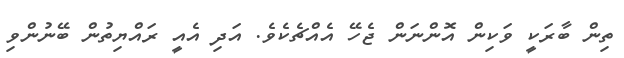
ތިން ބާރަކީ ވަކިން އޮންނަން ޖެހޭ އެއްޗެކެވެ. އަދި އެއީ ރައްޔިތުން ބޭނުންވި